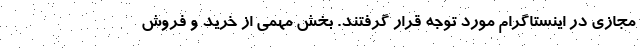
مجازی در اینستاگرام مورد توجه قرار گرفتند. بخش مهمی از خرید و فروش